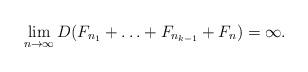
LaTeX: \begin{align*}\lim_{n \to \infty} D(F_{n_1} + \ldots + F_{n_{k-1}} + F_n) = \infty.\end{align*}